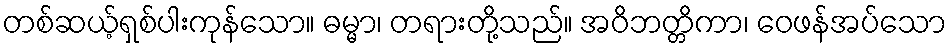
တစ်ဆယ့်ရှစ်ပါးကုန်သော။ ဓမ္မာ၊ တရားတို့သည်။ အဝိဘတ္တိကာ၊ ဝေဖန်အပ်သော